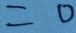
= 0